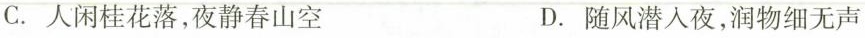
C. 人闲桂花落，夜静春山空 D. 随风潜入夜，润物细无声